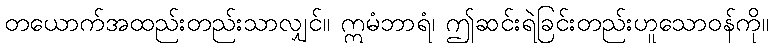
တယောက်အထည်းတည်းသာလျှင်။ ဣမံဘာရံ၊ ဤဆင်းရဲခြင်းတည်းဟူသောဝန်ကို။